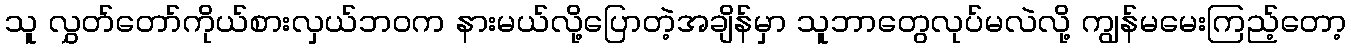
သူ လွှတ်တော်ကိုယ်စားလှယ်ဘ၀က နားမယ်လို့ပြောတဲ့အချိန်မှာ သူဘာတွေလုပ်မလဲလို့ ကျွန်မမေးကြည့်တော့